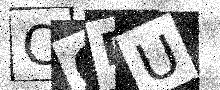
Text: CQDU